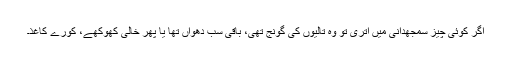
اگر کوئی چیز سمجھدانی میں اتری تو وہ تالیوں کی گونج تھی، باقی سب دھواں تھا یا پھر خالی کھوکھے، کورے کاغذ۔